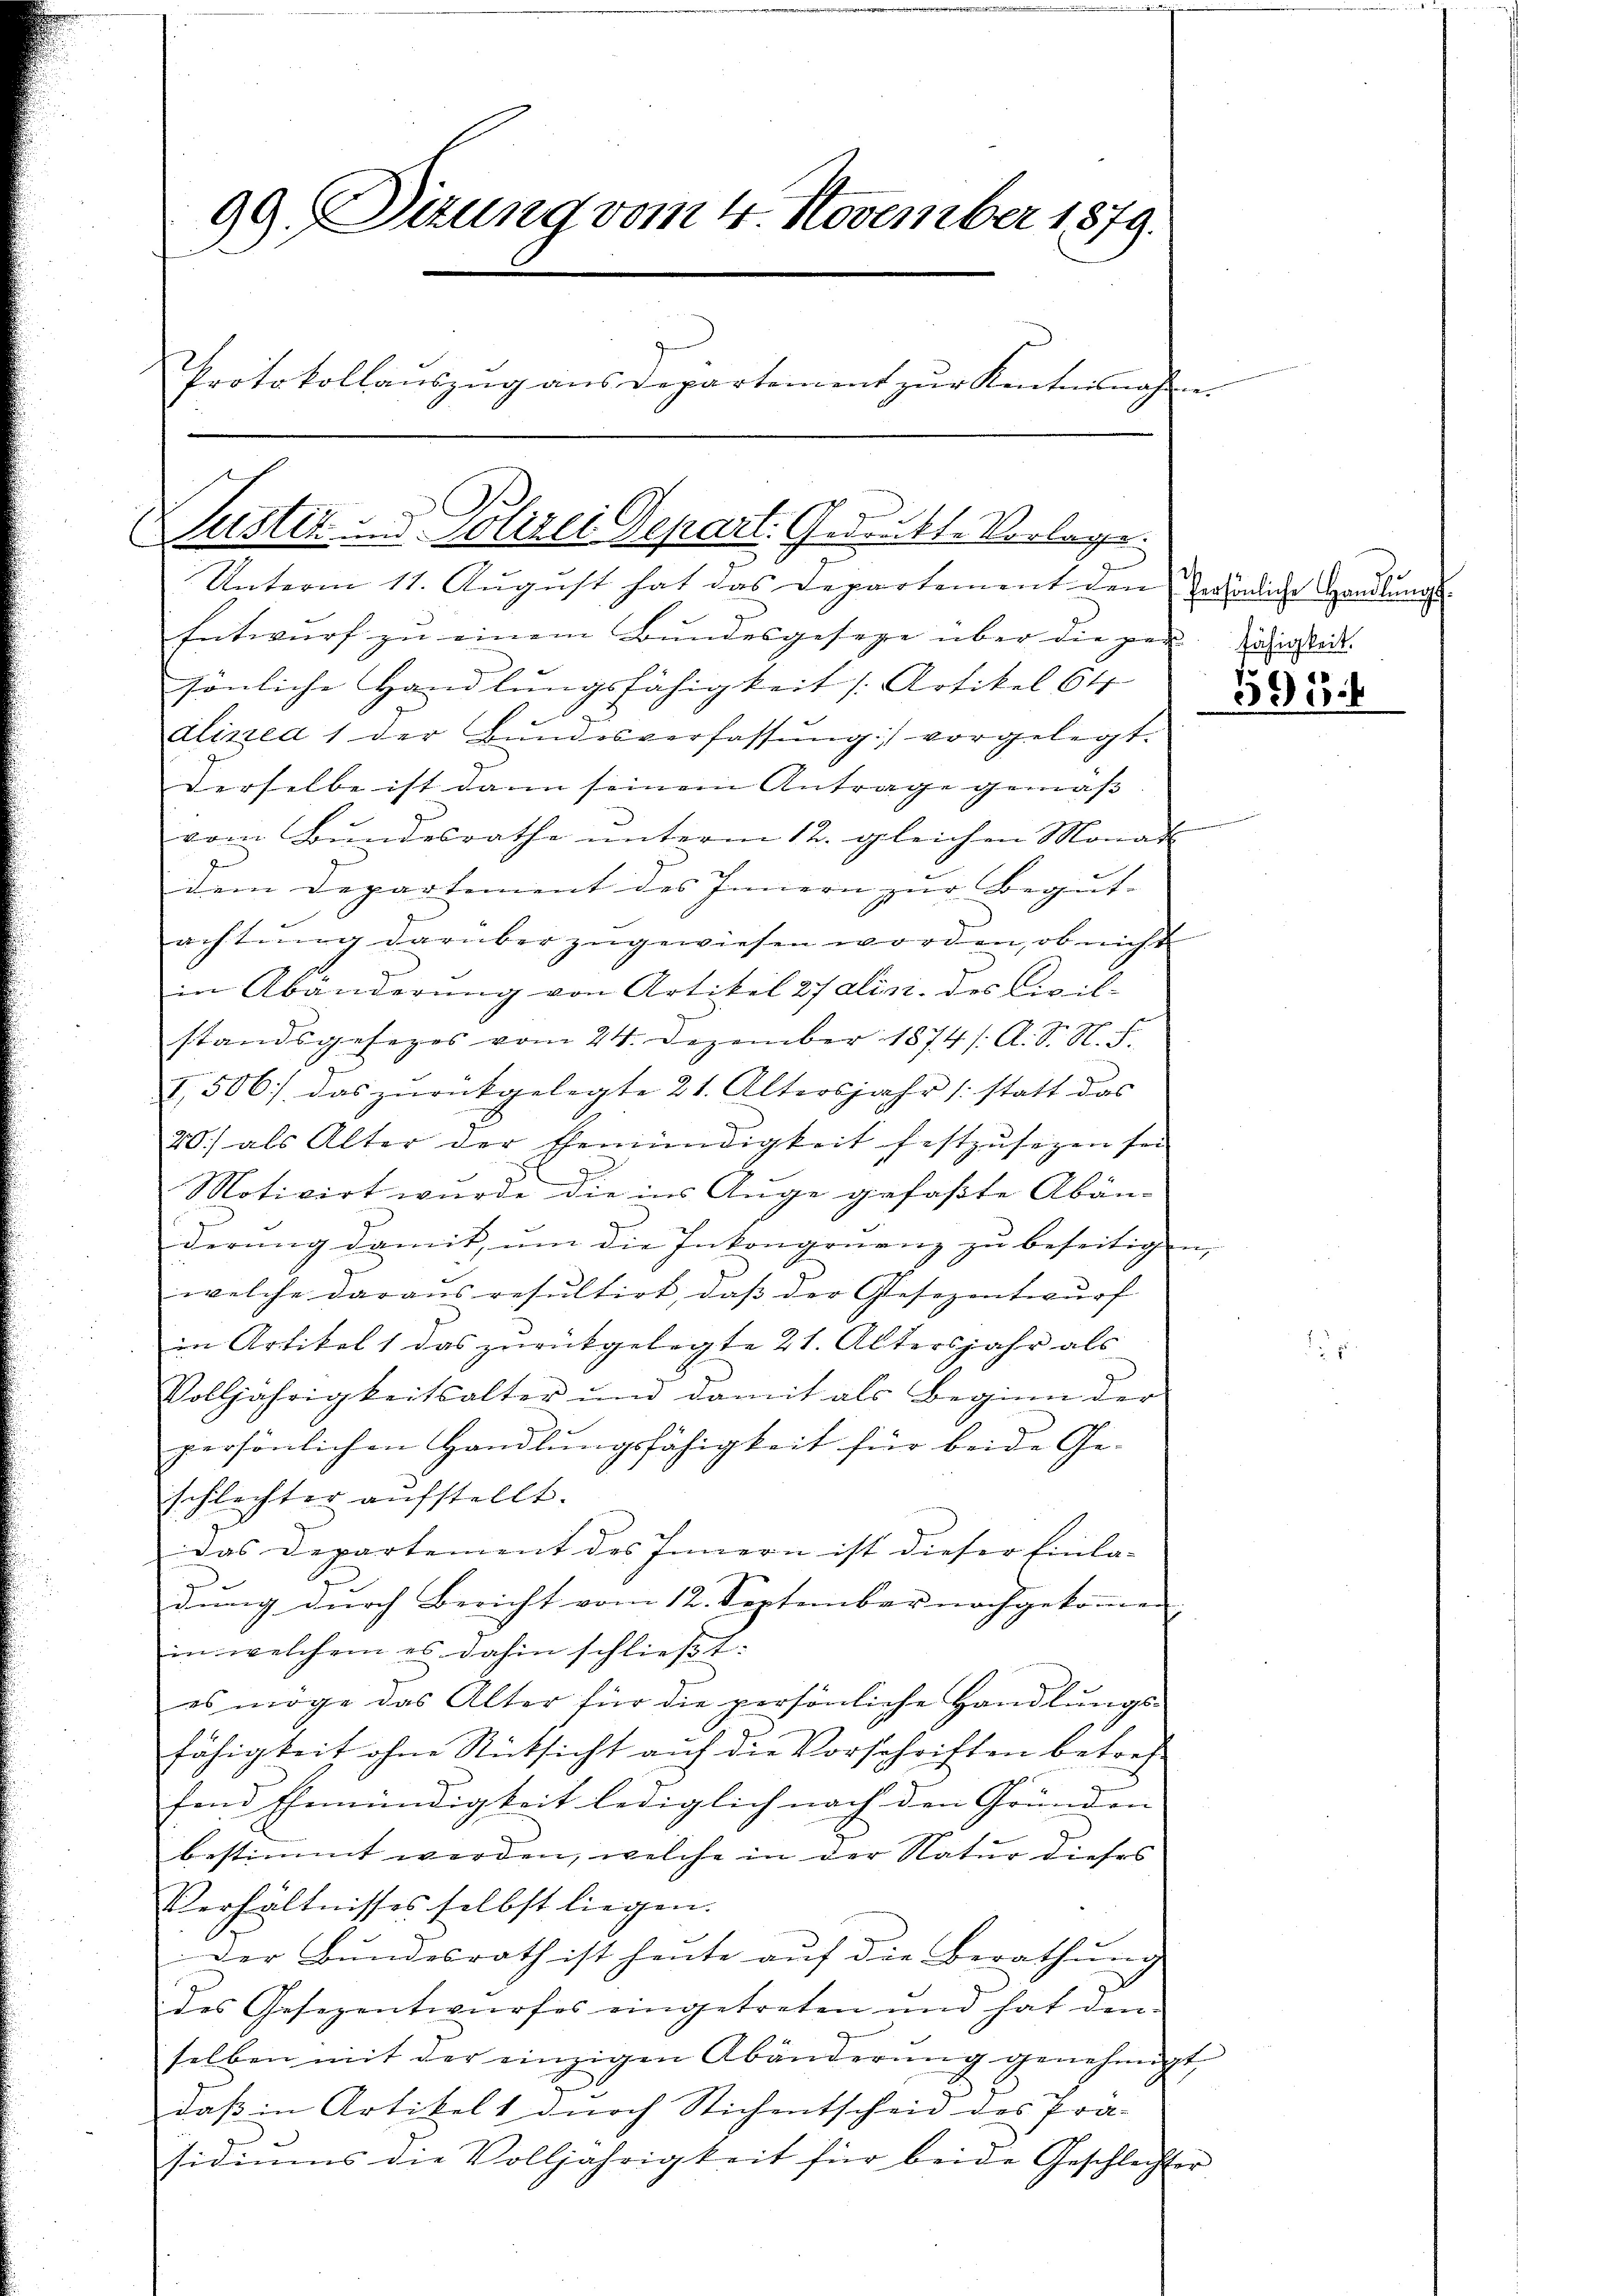
99. Sizung vom 4. November 1879.
Protokollauszug aus Departement zur Kenntnisnahm

Justiz und Polizei Depart. Gedankte Vorlage.

Unterm 11. August hat das Departement den endliche Handlungs¬
Entwurf zu einem Bundesgeseze über die per Direct.
sönliche Handlungsfähigkeit [Artikel 64
alinea 1 der Bundesverfassung) vorgelegt.
Derselbe ist dann seinem Antrage gemäßvom Bundesrathe unterm 12. gleichen Monat
dem Departement des Innern zur Begut-
achtŭng darüber zugewiesen worden, ob nicht
in Abänderŭng von Artikel 27 alin. des Civil-
standsgesezes vom 24. Dezember 1874 /. A. S. N. F.
1506 das zurückgelegte 21. Altersjahr (statt das
20) als Alter der Ehemündigkeit festzŭsegen sei
Motivirt wurde die ins Auge gefaßte Abän-
derŭng damit, ŭm die Inkongruenz zŭ beseitigen,
welche daraus resultirt, daß der Gesezentwurf
in Artikel 1 das zurückgelegte 21. Altersjahr als
Volljährigkeitsalter und damit als Beginn der
persönlichen Handlungsfähigkeit für beide Geschlechter aufstellt.
Das Departement des Innern ist dieser Einla-
dung durch Bericht vom 12. September nachgekommen.
in welchem es dahin schließt:
es möge das Alter für die persönliche Handlungs-
fähigkeit ohne Rücksicht auf die Vorschriften betref-
fend Ehemündigkeit lediglich nach den Gründen
bestimmt werden, welche in der Natur dieses
Verhältnisses selbst liegen.
Der Bundesrath ist heute auf die Berathung
des Gesezentwurfes eingetreten und hat den
selben mit der einzigen Abänderŭng genehmigt,
daß in Artikels durch Stichentscheid des Prä-
sidiŭms die Volljährigkeit für beide Geschlechter

595.